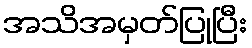
အသိအမှတ်ပြုပြီး